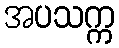
အပသက္က